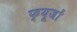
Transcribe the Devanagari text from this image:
फ्यूजों